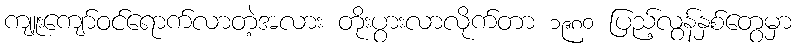
ကျူးကျော်ဝင်ရောက်လာတဲ့အလား တိုးပွားလာလိုက်တာ ၁၉၈၀ ပြည့်လွန်နှစ်တွေမှာ